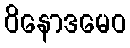
ဝိနောဒမေဝ